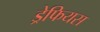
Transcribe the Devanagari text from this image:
ड्रेफियस